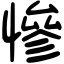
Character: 慘